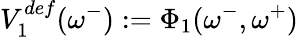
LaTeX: V_{1}^{def}(\omega^{-}):=\Phi_{1}(\omega^{-},\omega^{+})